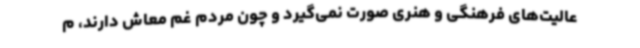
عالیت‌های فرهنگی و هنری صورت نمی‌گیرد و چون مردم غم معاش دارند، م